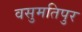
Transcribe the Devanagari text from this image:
वसुमतिपुर